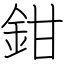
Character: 鉗